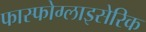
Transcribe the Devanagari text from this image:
फास्फोग्लाइसेरिक